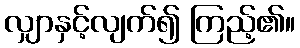
လျှာနှင့်လျက်၍ ကြည့်၏။